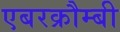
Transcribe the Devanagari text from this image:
एबरक्रौम्बी